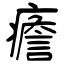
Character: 癚